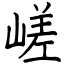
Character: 嵯